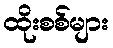
ထိုးစစ်များ